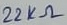
Text: 22KΩ